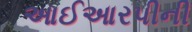
આઈઆરપીની